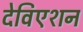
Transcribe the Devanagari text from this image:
देविएशन